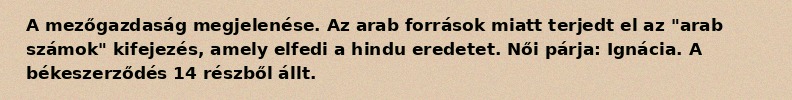
A mezőgazdaság megjelenése. Az arab források miatt terjedt el az "arab számok" kifejezés, amely elfedi a hindu eredetet. Női párja: Ignácia. A békeszerződés 14 részből állt.